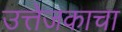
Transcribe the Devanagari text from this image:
उत्तेजकाचा